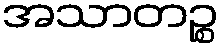
အသာတဉ္စ